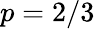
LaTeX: p=2/3